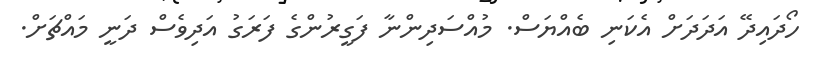
ހޯދައިދޭ އަދަދަށް އެކަނި ބެއްޔަސް. މުއްސަދިންނާ ފަގީރުންގެ ފަރަގު އަދިވެސް ދަނީ މައްޗަށް.